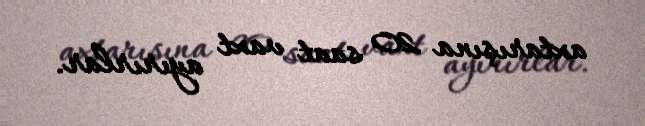
axtarışına 20 saat vaxt ayırırlar.